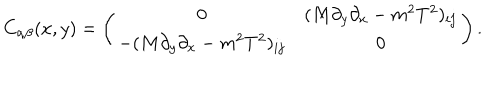
C _ { \alpha \beta } ( x , y ) = \left( \begin{array} { c c } { { 0 } } & { { ( M \partial _ { y } \partial _ { x } - m ^ { 2 } T ^ { 2 } ) _ { i j } } } \\ { { - ( M \partial _ { y } \partial _ { x } - m ^ { 2 } T ^ { 2 } ) _ { i j } } } & { { 0 } } \\ \end{array} \right) .